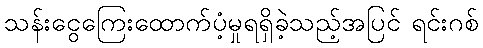
သန်းငွေကြေးထောက်ပံ့မှုရရှိခဲ့သည့်အပြင် ရင်းဂစ်